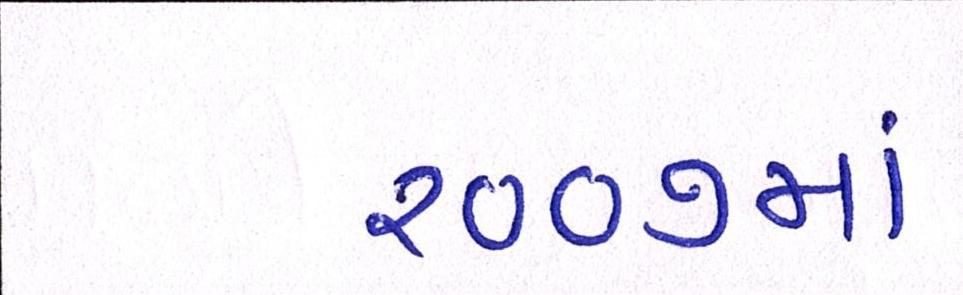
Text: ૨૦૦૭માં